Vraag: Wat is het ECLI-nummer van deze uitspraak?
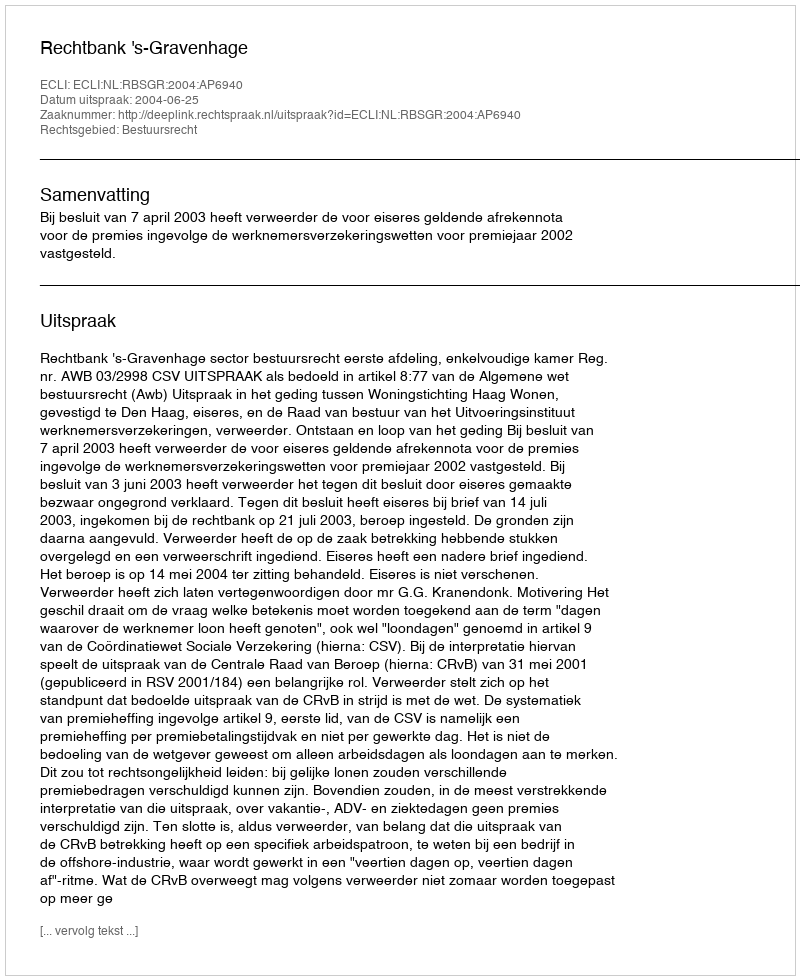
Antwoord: ECLI:NL:RBSGR:2004:AP6940